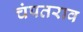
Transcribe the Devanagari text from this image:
चंपतराव